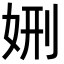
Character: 𡜇